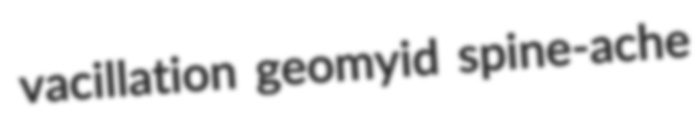
vacillation geomyid spine-ache